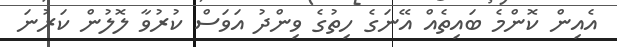
އެއިން ކޮންމެ ބައިތެއް އޭނަގެ ހިތުގެ ވިންދު އަވަސް ކުރުވާ ލޮލުން ކަރުނަ